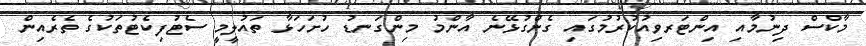
މާކްސް ދިނުމާއި އިންޓަރވިއުކުރުމުގައި ގެންގުޅޭނެ އާންމު މިންގަނޑު ހުށަހަޅާ ތައުލީމީ ސެޓުފިކެޓުތަކުގެ ތެރެއިން